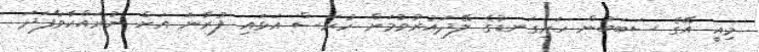
މިއީ އޭގެ ސަބަބުން ހަށިގަނޑުގެ ލޭދައުރުވުމަށް ހުރަސް އަޅައި ފުރާނަ އަށް ނުރައްކާވާފަދަ